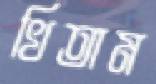
খিতাম